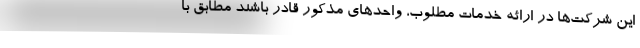
این شرکت‌ها در ارائه خدمات مطلوب، واحدهای مذکور قادر باشند مطابق با